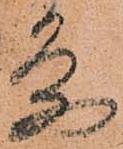
条